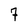
Character: 7